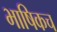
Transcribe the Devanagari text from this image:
भाषिकच